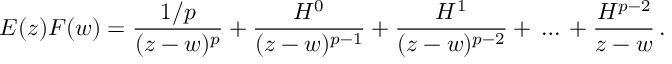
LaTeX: E ( z ) F ( w ) = \frac { 1 / p } { ( z - w ) ^ { p } } + \frac { H ^ { 0 } } { ( z - w ) ^ { p - 1 } } + \frac { H ^ { 1 } } { ( z - w ) ^ { p - 2 } } + \, \dots \, + \frac { H ^ { p - 2 } } { z - w } \, .